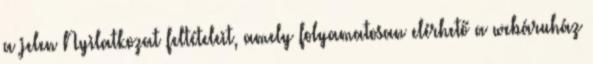
a jelen Nyilatkozat feltételeit, amely folyamatosan elérhető a webáruház